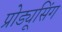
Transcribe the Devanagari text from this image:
प्रोड्यूसिंग